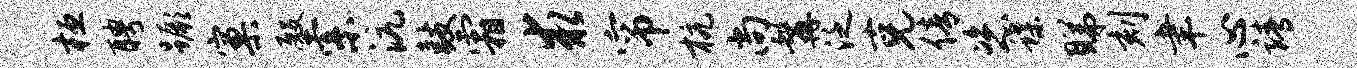
桓聘蹶窠殿索沆鼓霜求帘杭尚髯泛克倩恣蝶睇刻聿心靖